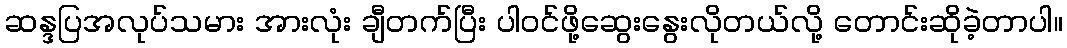
ဆန္ဒပြအလုပ်သမား အားလုံး ချီတက်ပြီး ပါဝင်ဖို့ဆွေးနွေးလိုတယ်လို့ တောင်းဆိုခဲ့တာပါ။